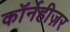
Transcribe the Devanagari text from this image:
कॉर्नहीज़र